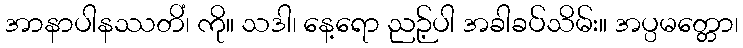
အာနာပါနဿတိံ၊ ကို။ သဒါ၊ နေ့ရော ညဉ့်ပါ အခါခပ်သိမ်း။ အပ္ပမတ္တော၊